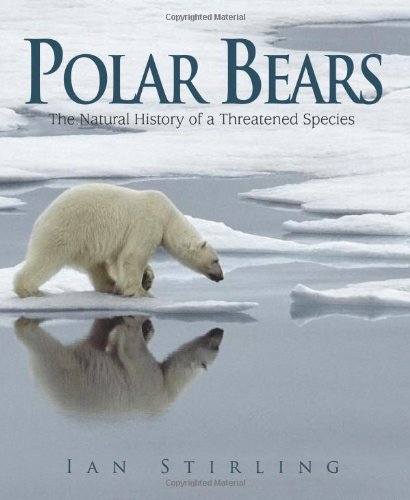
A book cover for Polar Bears: The Natural History of a Threatened Species; Ian Stirling; Science & Math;